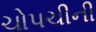
ચોપચીની